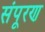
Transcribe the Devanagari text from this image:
संपूरण